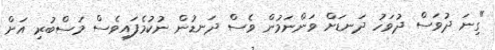
"ގިނަ ދުވަސް ދުވަހު ދަނޑަށް ވަންނަމުން ވެސް ދަނޑުން ނުކުމެފައިވެސް މަސްބުރި އަށް